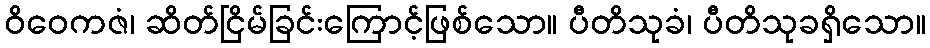
ဝိဝေကဇံ၊ ဆိတ်ငြိမ်ခြင်းကြောင့်ဖြစ်သော။ ပီတိသုခံ၊ ပီတိသုခရှိသော။